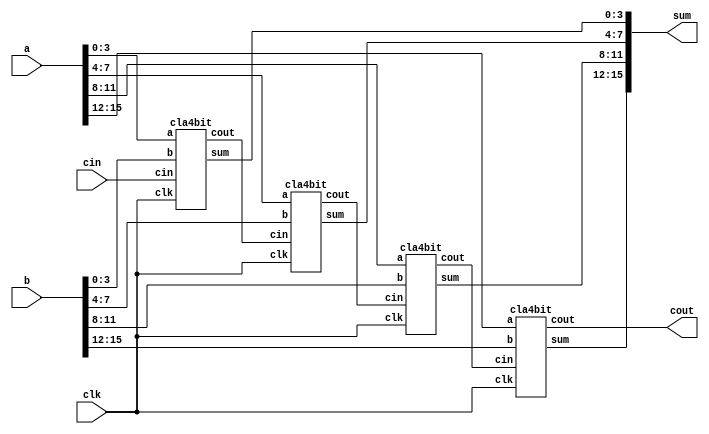
///////////////////////////////////////////////////
// Verilog code of 16 bit carry look ahead adder
///////////////////////////////////////////////////

`timescale 1ns/1ps

module cla16bit(a, b, cin, clk, sum, cout);

    input [15:0] a, b;
    input cin, clk;
    output [15:0] sum;
    output cout;
    wire c1, c2, c3;

    cla4bit cla1(.a(a[3:0]), .b(b[3:0]), .cin(cin), .clk(clk), .sum(sum[3:0]), .cout(c1));
    cla4bit cla2(.a(a[7:4]), .b(b[7:4]), .cin(c1), .clk(clk), .sum(sum[7:4]), .cout(c2));
    cla4bit cla3(.a(a[11:8]), .b(b[11:8]), .cin(c2), .clk(clk), .sum(sum[11:8]), .cout(c3));
    cla4bit cla4(.a(a[15:12]), .b(b[15:12]), .cin(c3), .clk(clk), .sum(sum[15:12]), .cout(cout));

endmodule

///////////////////////////////////////////////////
// Verilog code of 4 bit carry look ahead adder
///////////////////////////////////////////////////

`timescale 1ns/1ps

module cla4bit(a, b, cin, clk, sum, cout);

    input [3:0] a, b;
    input cin, clk;
    output reg [3:0] sum;
    output reg cout;
    reg [3:0] p, g, c;

    always @(posedge clk ) begin
        p <= a^b;                  // propogate signal
        g <= a&b;                  // generate signal

        c[0] <= cin;               // carry in
        c[1] <= g[0] | (p[0] & c[0]);
        c[2] <= g[1] | (p[1] & g[0]) | (p[1] & p[0] & c[0]);
        c[3] <= g[2] | (p[2] & g[1]) | (p[2] & p[1] & g[0]) | (p[2] & p[1] & p[0] & c[0]);
        cout <= g[3] | (p[3]&g[2]) | p[3]&p[2]&g[1] | p[3]&p[2]&p[1]&g[0] | p[3]&p[2]&p[1]&p[0]&c[0];
        sum <= p^c;                // sum
    end

endmodule